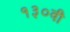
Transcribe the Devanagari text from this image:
१३०वी